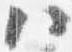
ハ